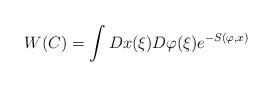
LaTeX: \begin{align*}W(C)=\int Dx(\xi )D\varphi (\xi )e^{-S(\varphi ,x)}\end{align*}